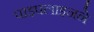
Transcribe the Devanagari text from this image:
पाइपलाइनने